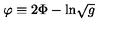
\varphi \equiv 2 \Phi - \mathrm { l n } \sqrt { g }